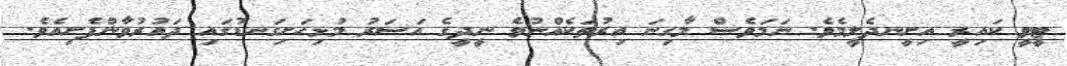
ޓީވީ ކައިރީ އިށީނދެލީމެވެ. ނަމަވެސް މާގިނަ އިރުތަކެއްނުވެ ނީދީގެ އަސަރު މުޅިހަށިގަނޑުގައި ދައުރުވާންފެށިއެވެ.